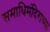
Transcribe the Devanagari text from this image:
समाधिमंदिराच्या